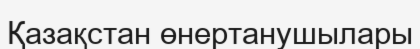
Қазақстан өнертанушылары